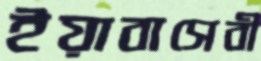
ইয়াবাসেবী